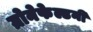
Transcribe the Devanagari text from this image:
ग्रोनेफेल्डनी